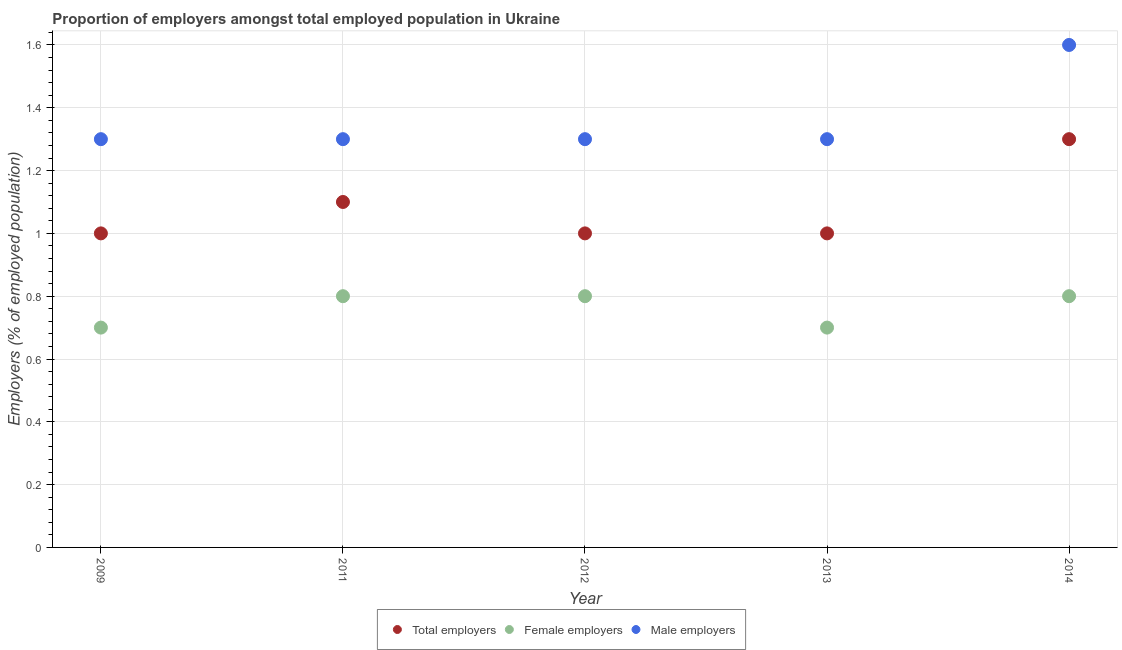
| Year | Total employers | Female employers | Male employers |
 | --- | --- | --- | --- |
 | 2009 | 1 | 0.7 | 1.3 |
 | 2011 | 1.1 | 0.8 | 1.3 |
 | 2012 | 1 | 0.8 | 1.3 |
 | 2013 | 1 | 0.7 | 1.3 |
 | 2014 | 1.3 | 0.8 | 1.6 |